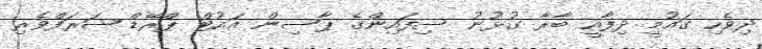
ދިވެހި ގައުމީ ދިފާއީ ބާރާ ގުޅުނު ސިފައިންގެ ޕާސިން އައުޓް ޕްރޭޑް ޝަރަފްވެރި